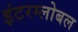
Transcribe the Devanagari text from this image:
इंटरग्लोबल